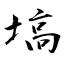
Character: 塙